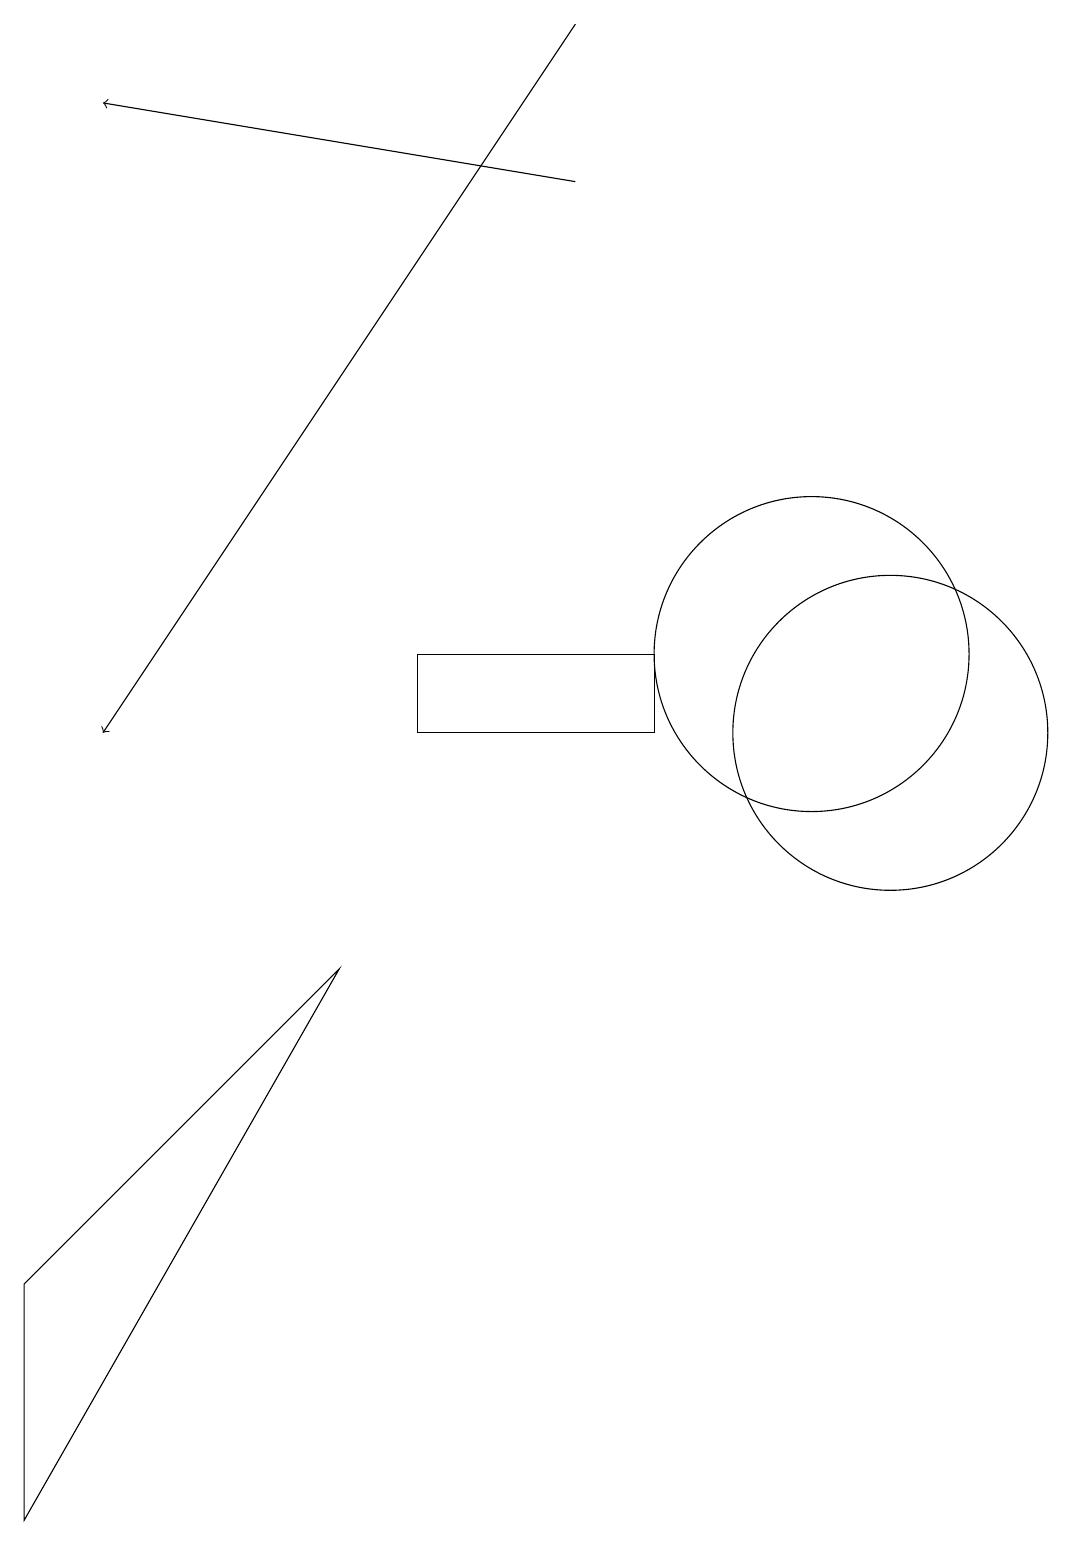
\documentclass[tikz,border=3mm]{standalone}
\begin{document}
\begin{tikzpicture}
\draw (1,3) -- (1,0) -- (5,7) -- cycle;
\draw (11,11) circle (2);
\draw[->] (8,17) -- (2,18);
\draw (6,11) rectangle (9,10);
\draw (12,10) circle (2);
\draw[->] (8,19) -- (2,10);
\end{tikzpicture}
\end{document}